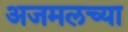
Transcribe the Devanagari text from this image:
अजमलच्या